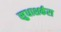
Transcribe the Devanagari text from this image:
सुधाशर्करा